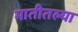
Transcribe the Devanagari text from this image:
मातीतल्या